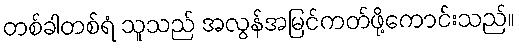
တစ်ခါတစ်ရံ သူသည် အလွန်အမြင်ကတ်ဖို့ကောင်းသည်။